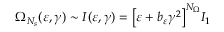
\Omega _ { N _ { s } } ( \varepsilon , \gamma ) \sim I ( \varepsilon , \gamma ) = \big [ \varepsilon + b _ { \varepsilon } \gamma ^ { 2 } \big ] ^ { N _ { \Omega } } I _ { 1 }